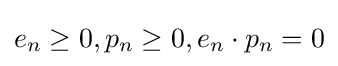
e_{n}\geq 0,p_{n}\geq 0,e_{n}\cdot p_{n}=0\,\!